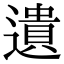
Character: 遺